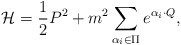
\begin{align*}{\cal H}={1\over2}P^2+m^2\sum_{\alpha_i\in\Pi}e^{\alpha_i\cdot Q},\end{align*}